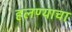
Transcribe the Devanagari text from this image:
हलण्याचा